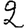
Digit: 2